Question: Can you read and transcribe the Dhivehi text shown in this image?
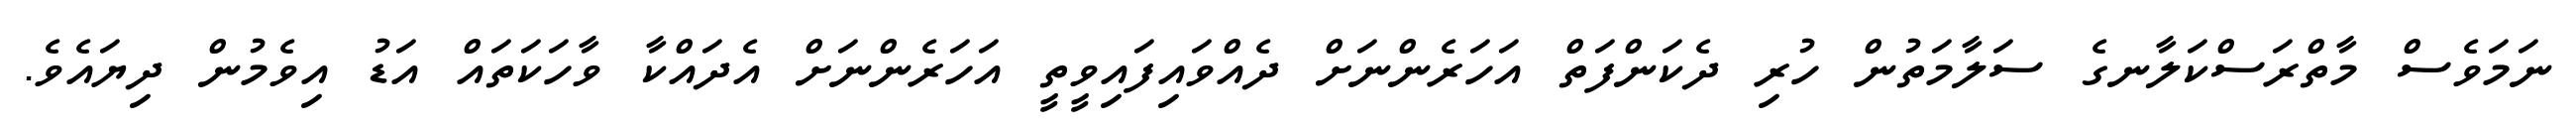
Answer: ނަމަވެސް މާތްރަސްކަލާނގެ ސަލާމަތުން ހުރި ދެކަންފަތް އަހަރެންނަށް ދެއްވައިފައިވީތީ އަހަރެންނަށް އެދައްކާ ވާހަކަތައް އަޑު އިވެމުން ދިޔައެވެ.